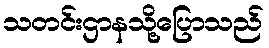
သတင်းဌာနသို့ပြောသည်